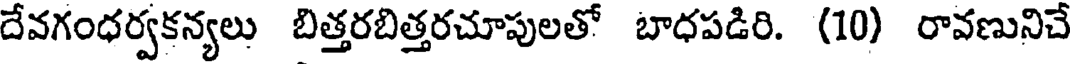
దేవగంధర్వకన్యలు బిత్తరబిత్తరచూపులతో బాధపడిరి. (10) రావణునిచే